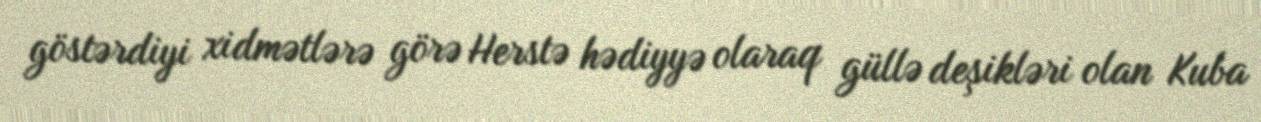
göstərdiyi xidmətlərə görə Herstə hədiyyə olaraq güllə deşikləri olan Kuba